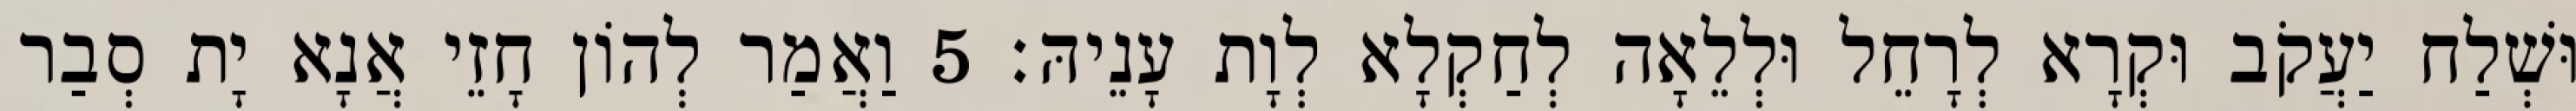
וּשְׁלַח יַעֲקֹב וּקְרָא לְרָחֵל וּלְלֵאָה לְחַקְלָא לְוָת עָנֵיהּ׃ 5 וַאֲמַר לְהוֹן חָזֵי אֲנָא יָת סְבַר